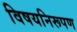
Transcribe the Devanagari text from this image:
विषयनिरूपण